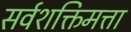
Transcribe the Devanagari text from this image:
सर्वशक्तिमत्ता